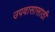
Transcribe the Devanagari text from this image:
उपवासासाठी